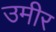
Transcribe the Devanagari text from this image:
उमीर